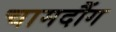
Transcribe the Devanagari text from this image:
चामदौंग